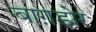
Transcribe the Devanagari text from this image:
बाग़डोर